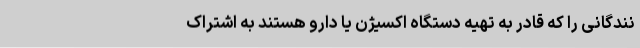
نندگانی را که قادر به تهیه دستگاه اکسیژن یا دارو هستند به اشتراک